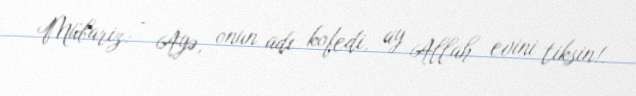
Mübariz: - Ayə, onun adı kofedi, ay Allah evini tiksin!.